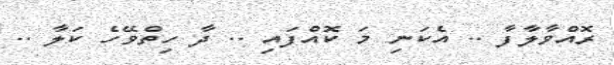
ރޮއްވާލާފާ .. އެކަނި މަ ކޮއްފައި .. ދާ ހިތްވޭހެ ކަލާ ..